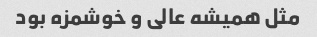
مثل همیشه عالی و خوشمزه بود